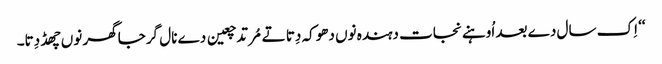
‘‘ اِک سال دے بعد اُوہنے نجات دہندہ نوں دھوکہ دِتا تے مُرتد چعین دے نال گرجا گھر نوں چھڈ دِتا۔